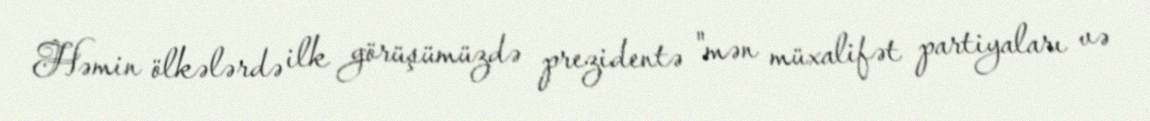
Həmin ölkələrdə ilk görüşümüzdə prezidentə "mən müxalifət partiyaları və